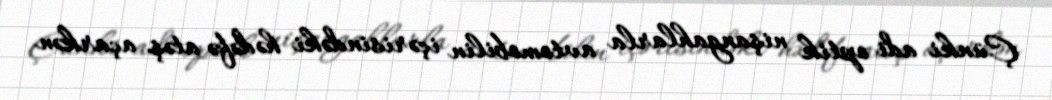
Çünki adi optik nişangahlarla avtomobilin içərisindəki hədəfə atəş açarkən